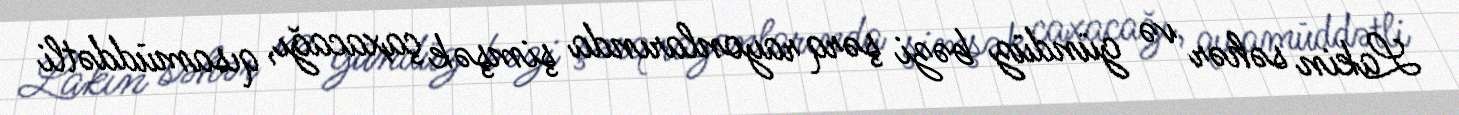
Lakin səhər və gündüz bəzi şərq rayonlarında şimşək çaxacağı, qısamüddətli